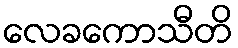
လေခကောသီတိ